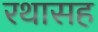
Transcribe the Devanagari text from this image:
रथासह